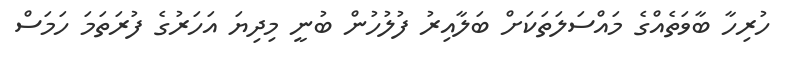
ހުރިހާ ބާވަތެއްގެ މައްސަލަތަކަށް ބަލާއިރު ފުލުހުން ބުނީ މިދިޔަ އަހަރުގެ ފުރަތަމަ ހަމަސް